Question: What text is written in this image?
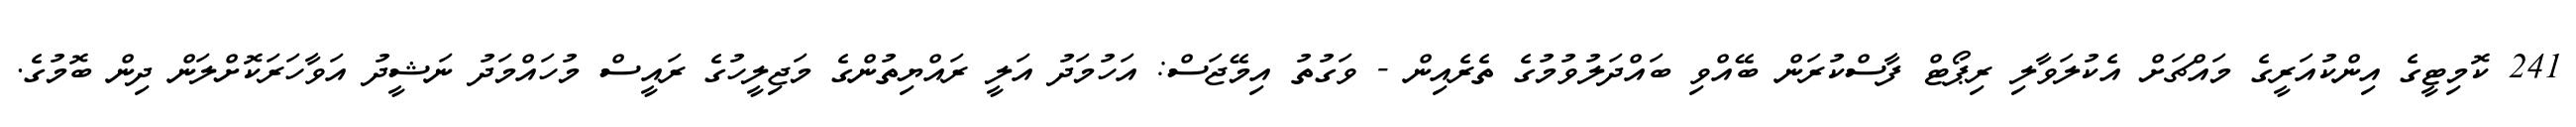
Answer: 241 ކޮމިޓީގެ އިންކުއަރީގެ މައްޗަށް އެކުލަވާލި ރިޕޯޓް ފާސްކުރަން ބޭއްވި ބައްދަލުވުމުގެ ތެރެއިން - ވަގުތު އިމޭޖަސް: އަހުމަދު އަލީ ރައްޔިތުންގެ މަޖިލީހުގެ ރައީސް މުހައްމަދު ނަޝީދު އަވާހަރަކޮށްލަން ދިން ބޮމުގެ.